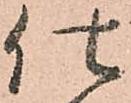
仕